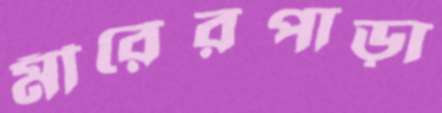
মীরেরপাড়া